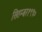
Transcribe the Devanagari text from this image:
सितम्बर१९९०